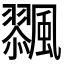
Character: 𩘸